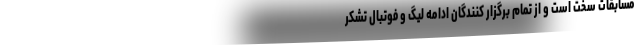
مسابقات سخت است و از تمام برگزار کنندگان ادامه لیگ و فوتبال تشکر